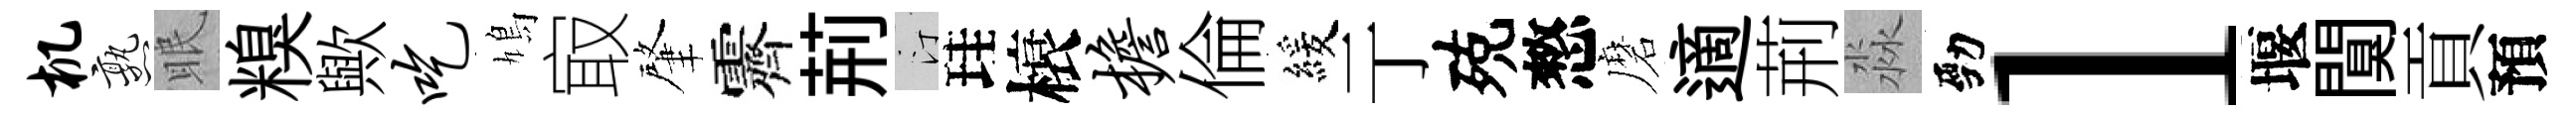
机熟眠糗歟吃鳩㝡肇霽荊汀珪榱檐倫緩亍殑憗磨適荊淼勁l堰闃貢預